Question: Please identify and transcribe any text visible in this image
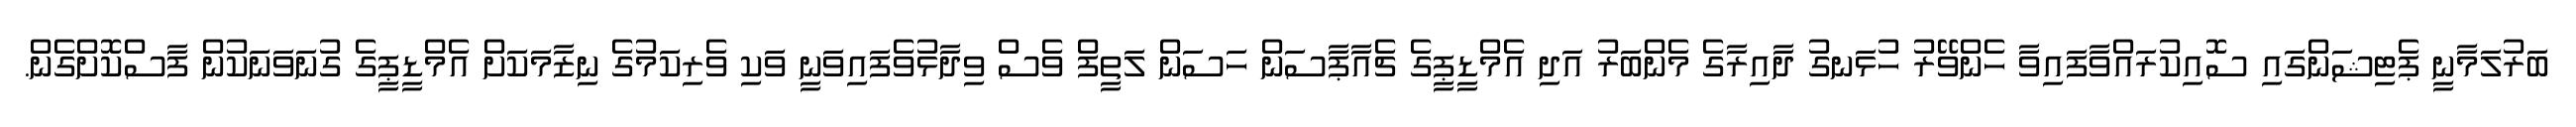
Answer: ބަރުލަމާނީ ޕެޓިޝަންގައި ސޮއިކުރައްވާފައިވާ ހެންވޭރު ހުޅަނގު ދާއިރާގެ މެންބަރު އަދި އެމްޑީޕީގެ ޗެއާޕާސަން ހަސަން ލަތީފް ވެސް ވިދާޅުވެފައިވަނީ ވަކި ވެރިކަމުގެ ނިޒާމަކަށް އެމްޑީޕީގެ ގުނަވަނަކުން ފާސްކޮށްގެން.